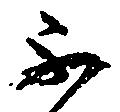
不